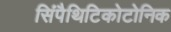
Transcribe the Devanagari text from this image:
सिंपैथिटिकोटोनिक